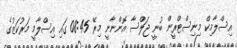
އިސްލާމިކް މިނިސްޓްރީން ބުނީ ޖަލްސާ އޮންނާނީ މިރޭ 08:45 ގައި އިސްލާމީ މަރުކަޒުގެ